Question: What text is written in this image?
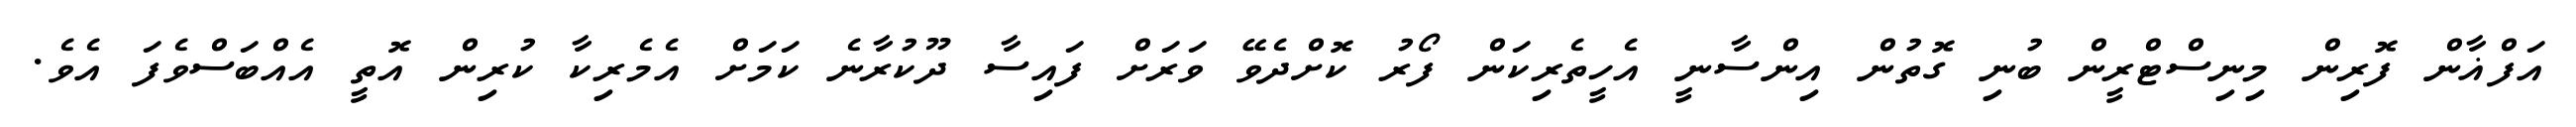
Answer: އަފްޣާން ފޮރިން މިނިސްޓްރީން ބުނި ގޮތުން އިންސާނީ އެހީތެރިކަން ފޯރު ކޮށްދެވޭ ވަރަށް ފައިސާ ދޫކުރާނެ ކަމަށް އެމެރިކާ ކުރިން އޮތީ އެއްބަސްވެފަ އެވެ.